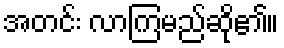
အတင်း လာကြမည်ဆို၏။